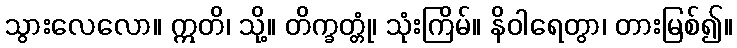
သွားလေလော။ ဣတိ၊ သို့။ တိက္ခတ္တုံ၊ သုံးကြိမ်။ နိဝါရေတွာ၊ တားမြစ်၍။